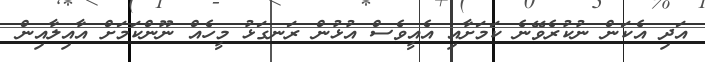
އަދި އެކަން ނުކުރެވޭނެ ކަމަށާއި އެއީވެސް އުޅުން ރަނގަޅު މީހެއް ނޫންކަމަށް އާއިލާއިން